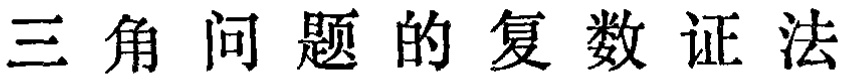
三角问题的复数证法